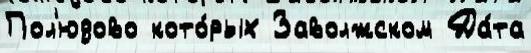
Пол'юдово кото́рых Заволжском Да́та